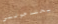
يحتاجونني